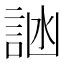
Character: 𬢩